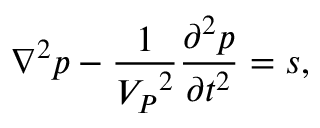
\nabla ^ { 2 } p - \frac { 1 } { { V _ { P } } ^ { 2 } } \frac { \partial ^ { 2 } p } { \partial t ^ { 2 } } = s ,